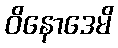
ဝိနောဒေမိ